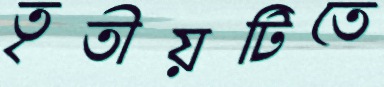
তৃতীয়টিতে